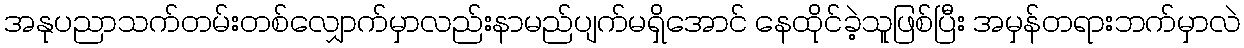
အနုပညာသက်တမ်းတစ်လျှောက်မှာလည်းနာမည်ပျက်မရှိအောင် နေထိုင်ခဲ့သူဖြစ်ပြီး အမှန်တရားဘက်မှာလဲ